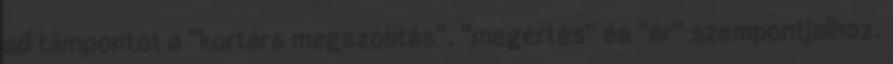
ad támpontot a "kortárs megszólítás", "megértés" és "ár" szempontjaihoz.